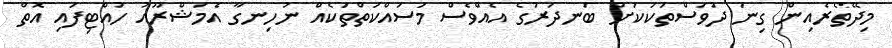
މިދޭތެރެއިން ގިނަ ދުވަސްތަކަކަށް ބަނދަރުގެ އެއްވެސް މަސައްކަތްތަކެއް ނުހިނގާ އެމަޝްރޫއު ހުއްޓިފައި އޮތް